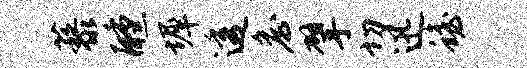
藜醺墀透詹擘切迅蟾